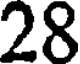
28